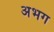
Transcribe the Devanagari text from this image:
अभग